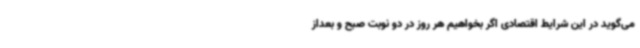
می‌گوید در این شرایط اقتصادی اگر بخواهیم هر روز در دو نوبت صبح و بعداز